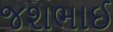
જશભાઈ